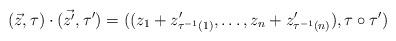
LaTeX: \begin{align*}(\vec{z},\tau) \cdot (\vec{z'},\tau')=((z_1+z'_{\tau^{-1}(1)},\dots,z_n+z'_{\tau^{-1}(n)}),\tau \circ \tau')\end{align*}